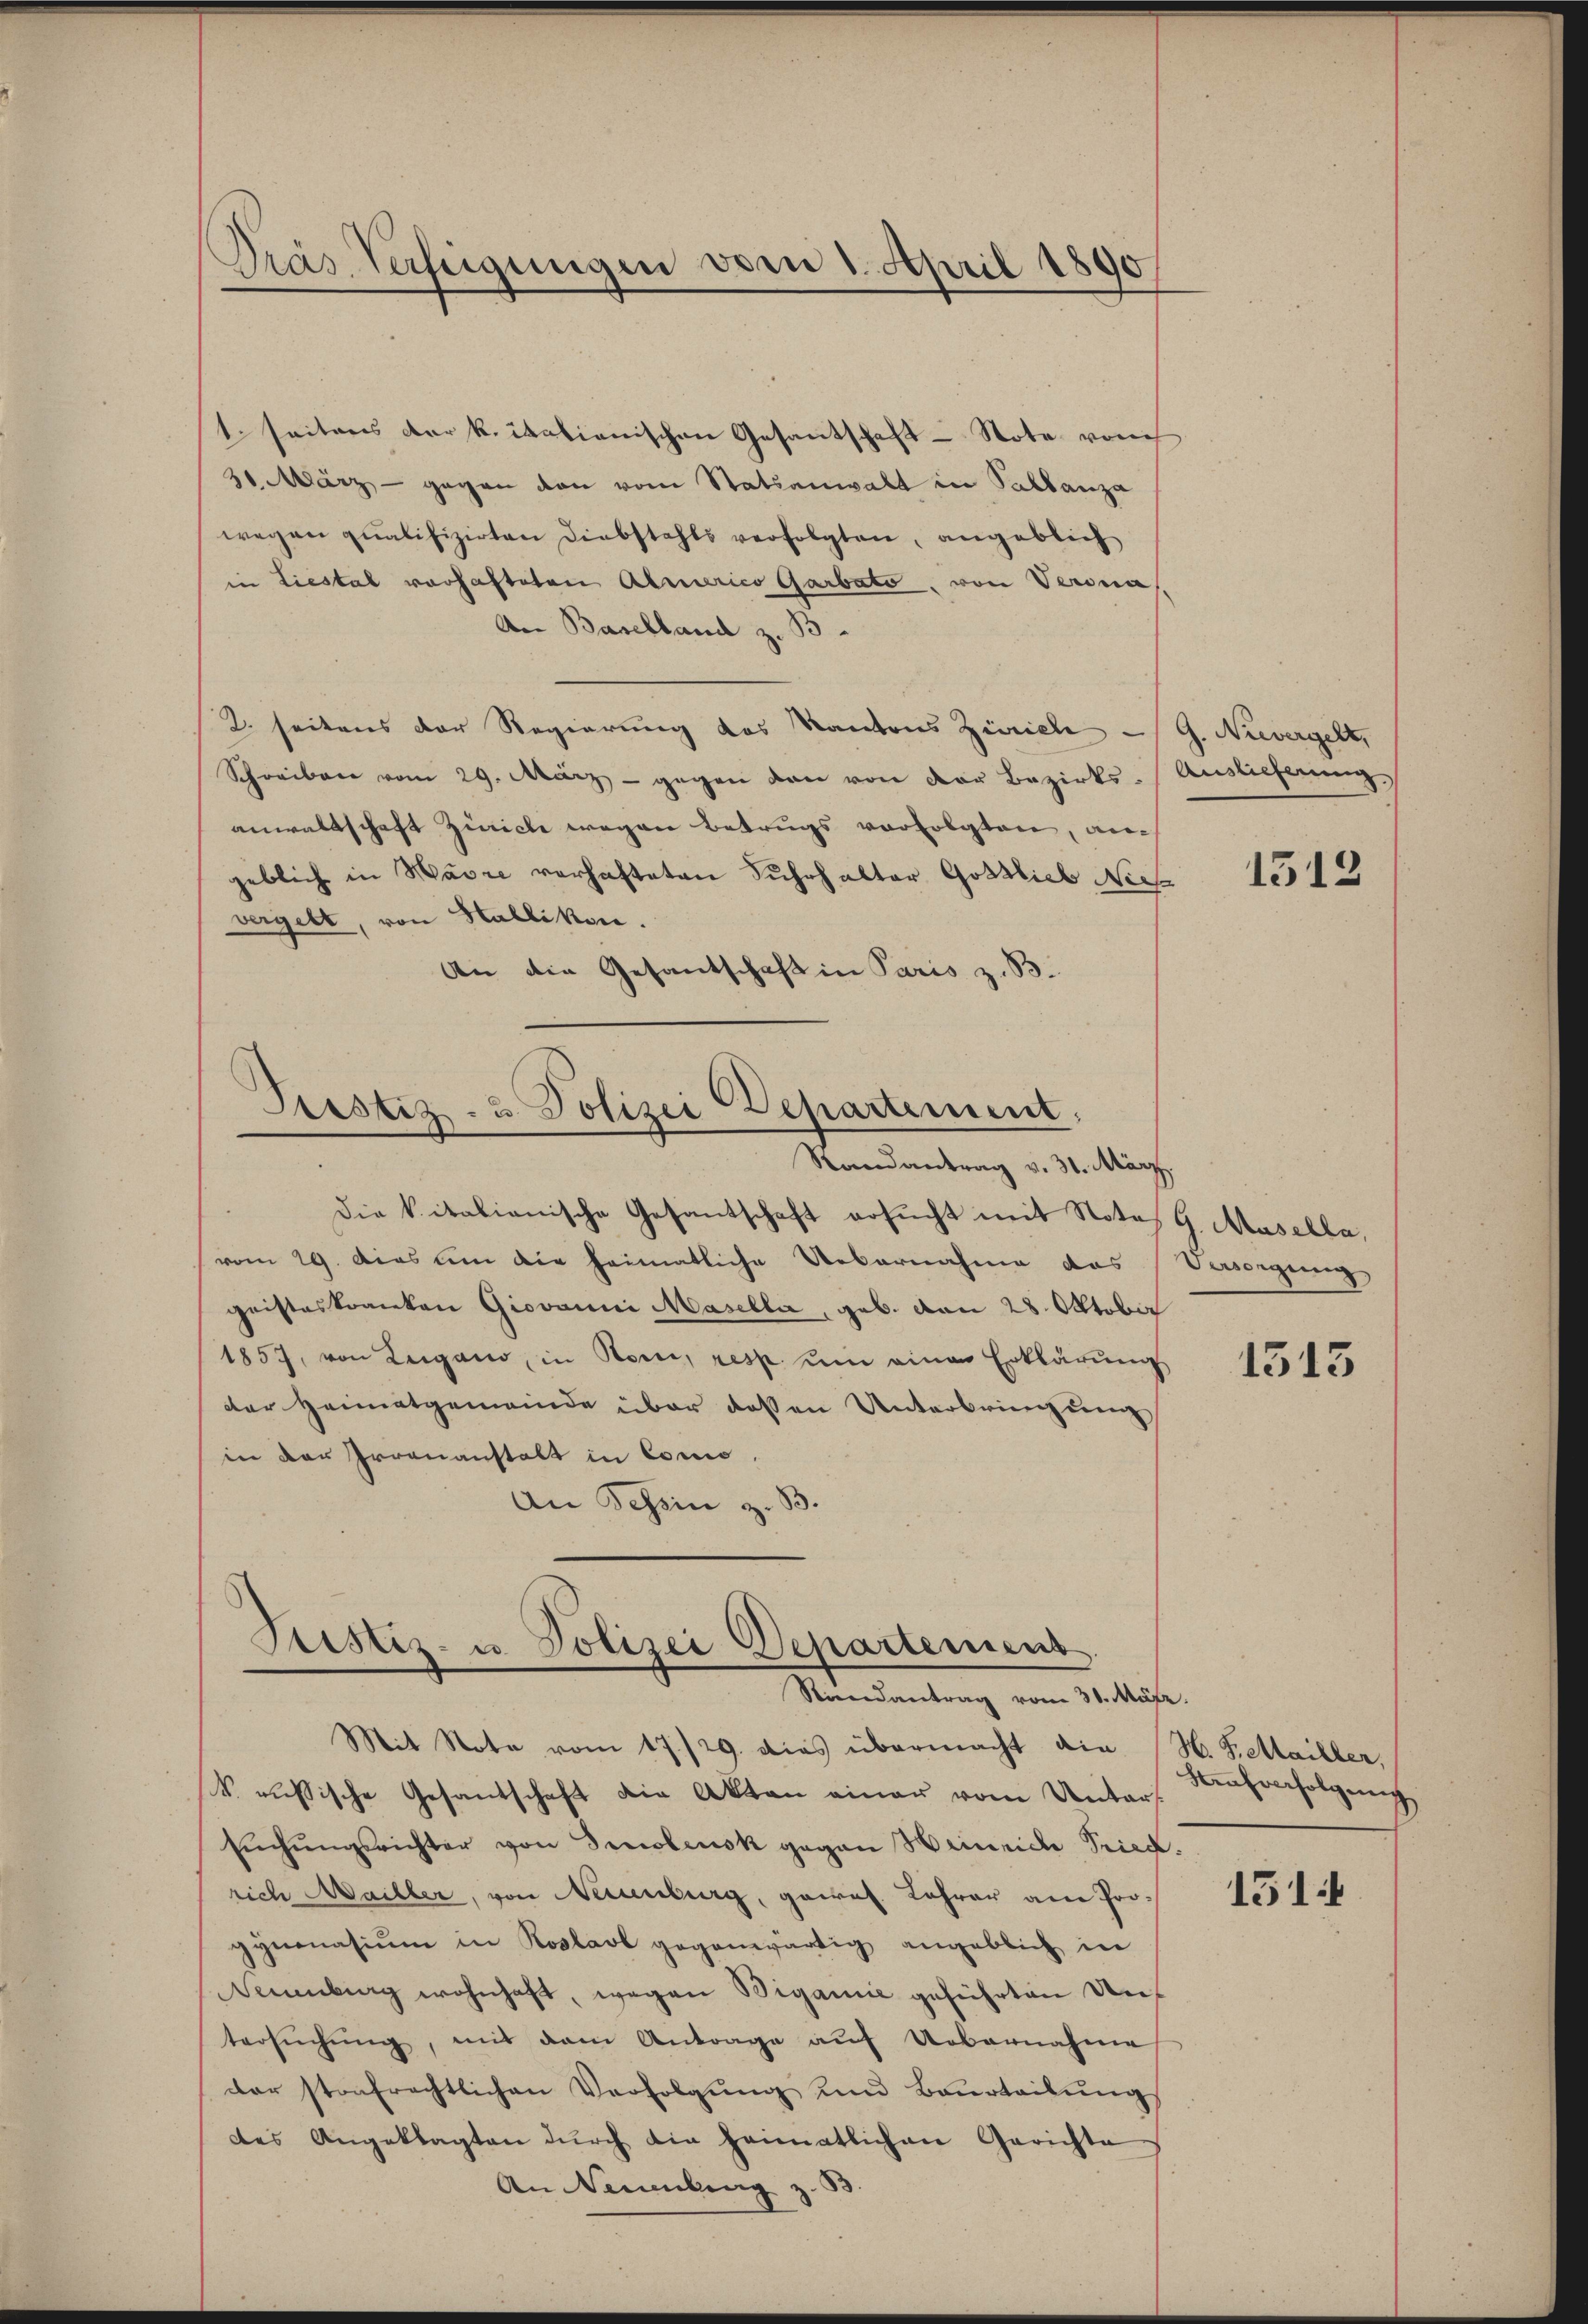
Dras Verfügungen vom 1. April 1890

1. seitens der kritationischen Gesantschaft - Note von
30. März - gegen den vom Statsanwalt in Palbanza
wegen qualifizirten Diebstahls verfolgten, angeblich
in Liestal vorhafteten Americo Garbato, von Verona
An Baselland z. B.
2. seitens der Regierung des Kantons Zürich G. Nievergelt,
Schreiben vom 29. März - gegen den von der Bezirks-Auslieferung
anwaltschaft Zürich wegen Betrugs verfolgten, auch
geblich in Havre verhafteten Fuhrhalter Gottlieb Nies
vergelt, von Stallikon.
An die Gesandschaft in Paris z. B.

Prestiz- & Polizei Departement,
Randantrag v. 31. März.

Die Vitalianische Gesantschaft ersŭcht mit Notar G. Masella,
vom 29. Das um die heimatliche Uebernahme das Versorgung
geisteskranken Giovanni Masella, geb. von 28. Oktober
1857, von Lugano, in Boni, resp. um einen Erklärung
der Heimatgemeinde über dessen Unterbringung
in der Irrenanstalt in Como,
An Tessin z. B.

Justiz- u. Polizei Departement.
Ricendantrag vom 31. März.

Mit Note vom 17./29. dies übermacht die (H. Fettailler,
V. aussische Gesantschaft die Akten einer vom Unters.
sŭchŭngsrichter von Seelensk gegen Heinriche Pried.
rich Mailler, von Neuenburg, gewal Lehrer am Progymnasium in Roslast gegenwärtig angeblich in
Neuenburg wohnhaft, wegen Bigamie geführten Antersŭchŭng, mit dem Antrage auf Uebernahme
der stofrechtlichen Verfolgŭng und Beurteilŭngs
des Angeklagten dŭrch die heimatlichen Gerichte
An Neuenburg z. B

1513

1313

Kaufverfolgung

1514